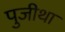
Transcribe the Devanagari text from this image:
पुजीथा